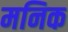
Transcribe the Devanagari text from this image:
मनिक